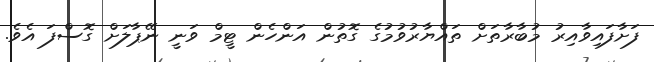
ފަށާފައިވާއިރު މުބާރާތަށް ތައްޔާރުވުމުގެ ގޮތުން އަންހެން ޓީމް ވަނީ ނޭޕާލަށް ގޮސްފަ އެވެ.